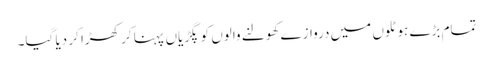
تمام بڑے ہوٹلوں میں دروازے کھولنے والوں کو پگڑیاں پہنا کر کھڑا کر دیا گیا۔